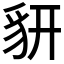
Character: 𧲨